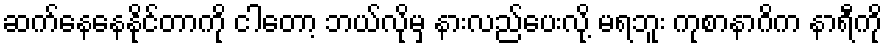
ဆက်နေနေနိုင်တာကို ငါတော့ ဘယ်လိုမှ နားလည်ပေးလို့ မရဘူး ကုစာနာဂိက နာရီကို